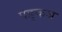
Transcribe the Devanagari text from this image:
पङ्कज